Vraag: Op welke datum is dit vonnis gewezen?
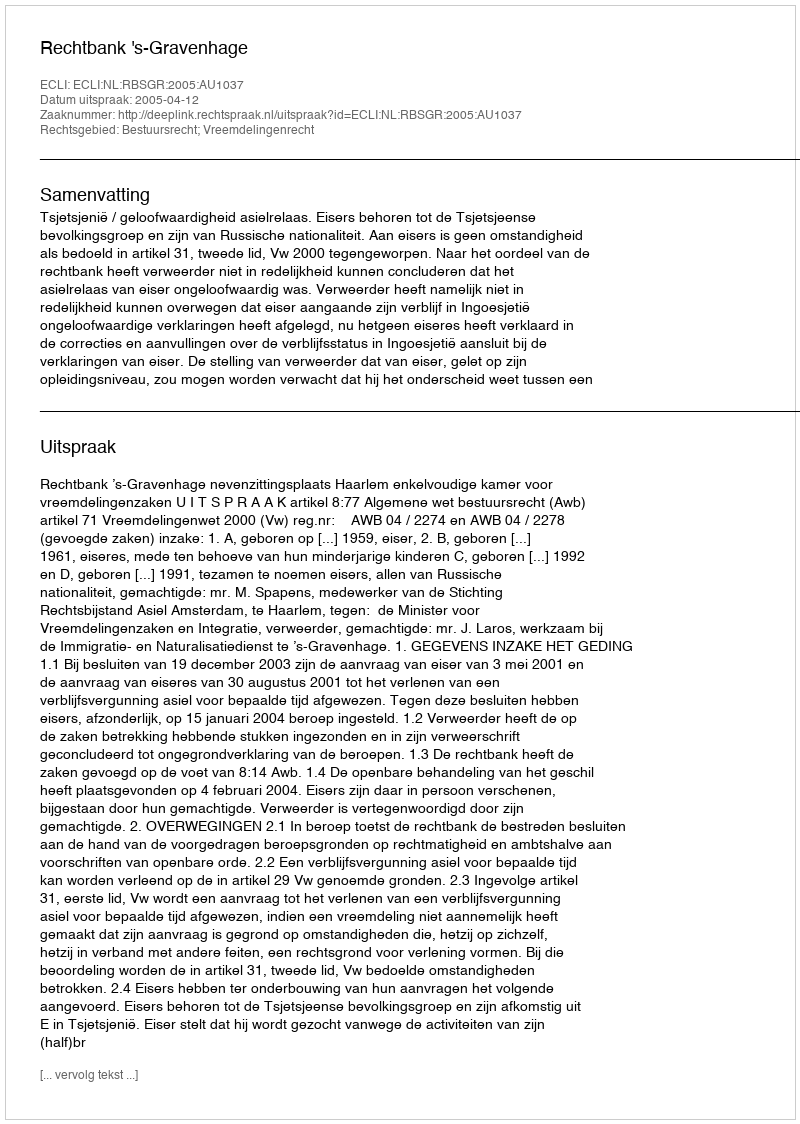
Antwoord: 2005-04-12